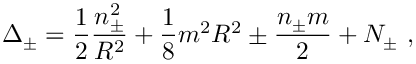
\Delta _ { \pm } = \displaystyle \frac { 1 } { 2 } \displaystyle \frac { n _ { \pm } ^ { 2 } } { R ^ { 2 } } + \displaystyle \frac { 1 } { 8 } m ^ { 2 } R ^ { 2 } \pm \displaystyle \frac { n _ { \pm } m } { 2 } + N _ { \pm } \, \, ,